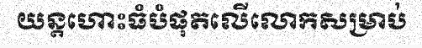
យន្តហោះធំបំផុតលើលោកសម្រាប់